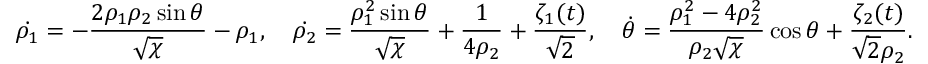
\dot { \rho _ { 1 } } = - \frac { 2 \rho _ { 1 } \rho _ { 2 } \sin \theta } { \sqrt { \chi } } - \rho _ { 1 } , \quad \dot { \rho _ { 2 } } = \frac { \rho _ { 1 } ^ { 2 } \sin \theta } { \sqrt { \chi } } + \frac { 1 } { 4 \rho _ { 2 } } + \frac { \zeta _ { 1 } ( t ) } { \sqrt { 2 } } , \quad \dot { \theta } = \frac { \rho _ { 1 } ^ { 2 } - 4 \rho _ { 2 } ^ { 2 } } { \rho _ { 2 } \sqrt { \chi } } \cos \theta + \frac { \zeta _ { 2 } ( t ) } { \sqrt { 2 } \rho _ { 2 } } .